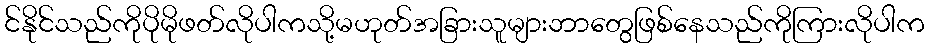
င်နိုင်သည်ကိုပိုမိုဖတ်လိုပါကသို့မဟုတ်အခြားသူများဘာတွေဖြစ်နေသည်ကိုကြားလိုပါက